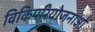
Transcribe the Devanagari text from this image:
विकिपरियोजनाओं